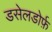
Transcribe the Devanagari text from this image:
डसेलडोर्फ़